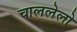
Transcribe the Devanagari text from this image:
चाललेलो